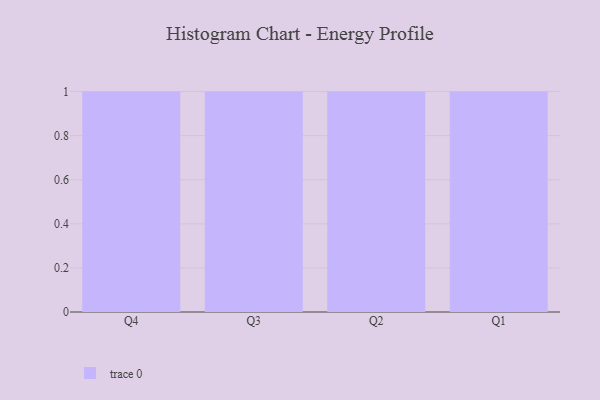
{"axis": {"x": "Quarter", "y": "Temperature (°C)"}, "legend": [""], "data": [{"x": "Q4", "y": 100, "type": ""}, {"x": "Q3", "y": 43, "type": ""}, {"x": "Q2", "y": 16, "type": ""}, {"x": "Q1", "y": 1, "type": ""}]}